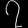
Digit: ၇